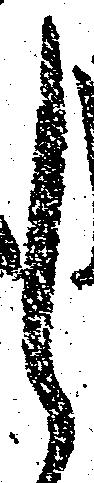
し